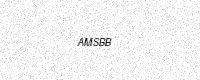
Text: AMSBB